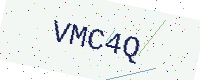
Text: VMC4Q